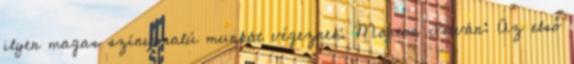
ilyen magas színvonalú munkát végeznek. Marton István: Az első